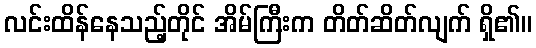
လင်းထိန်နေသည့်တိုင် အိမ်ကြီးက တိတ်ဆိတ်လျက် ရှိ၏။